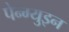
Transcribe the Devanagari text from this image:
पेन्ग्युइन